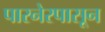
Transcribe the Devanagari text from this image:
पारनेरपासून